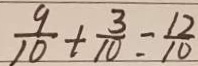
\frac { 9 } { 1 0 } + \frac { 3 } { 1 0 } = \frac { 1 2 } { 1 0 }